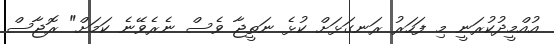
އުއްމީދުކުރަނީ މި ފަހަރު ރަނގަޅަށް ކުޅެ ނަތީޖާ ވެސް ނެރެވޭނެ ކަމަށް" ރޮޖާސް